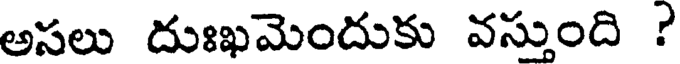
అసలు దుఃఖమెందుకు వస్తుంది ?